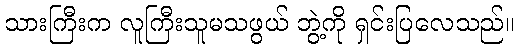
သားကြီးက လူကြီးသူမသဖွယ် ဘွဲ့ကို ရှင်းပြလေသည်။